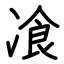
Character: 飡